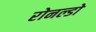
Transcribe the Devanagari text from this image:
रोनल्डो